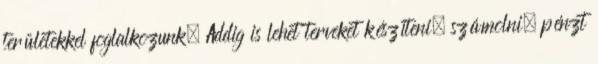
területekkel foglalkozunk. Addig is lehet terveket készíteni, számolni, pénzt